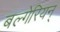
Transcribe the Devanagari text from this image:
बल्गेरियन्